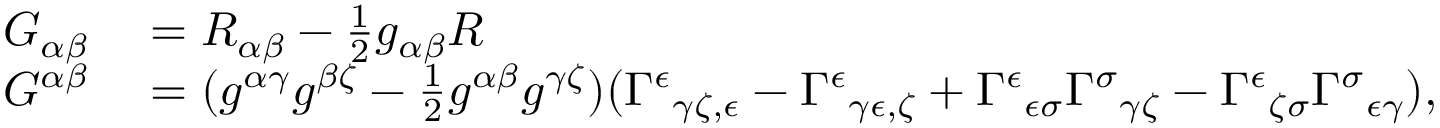
\begin{array} { r l } { G _ { \alpha \beta } } & { { } = R _ { \alpha \beta } - { \frac { 1 } { 2 } } g _ { \alpha \beta } R } \\ { G ^ { \alpha \beta } } & { { } = ( g ^ { \alpha \gamma } g ^ { \beta \zeta } - { \frac { 1 } { 2 } } g ^ { \alpha \beta } g ^ { \gamma \zeta } ) ( \Gamma ^ { \epsilon } { } _ { \gamma \zeta , \epsilon } - \Gamma ^ { \epsilon } { } _ { \gamma \epsilon , \zeta } + \Gamma ^ { \epsilon } { } _ { \epsilon \sigma } \Gamma ^ { \sigma } { } _ { \gamma \zeta } - \Gamma ^ { \epsilon } { } _ { \zeta \sigma } \Gamma ^ { \sigma } { } _ { \epsilon \gamma } ) , } \end{array}